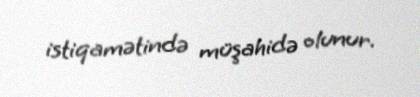
istiqamətində müşahidə olunur.